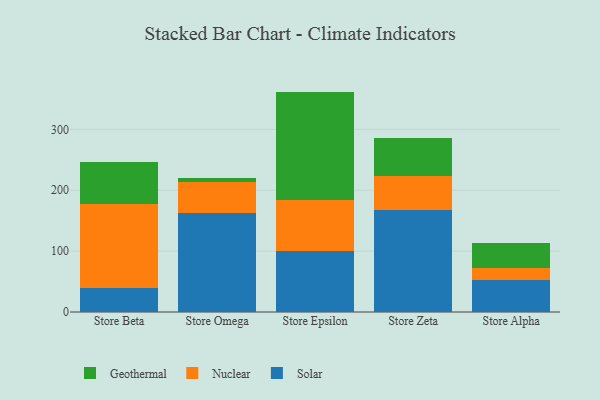
{"axis": {"x": "Store", "y": "Population (Million)"}, "legend": ["Geothermal", "Nuclear", "Solar"], "data": [{"x": "Store Beta", "y": 39.1, "type": "Solar"}, {"x": "Store Beta", "y": 138.4, "type": "Nuclear"}, {"x": "Store Beta", "y": 68.3, "type": "Geothermal"}, {"x": "Store Omega", "y": 162.4, "type": "Solar"}, {"x": "Store Omega", "y": 51.4, "type": "Nuclear"}, {"x": "Store Omega", "y": 5.6, "type": "Geothermal"}, {"x": "Store Epsilon", "y": 99.7, "type": "Solar"}, {"x": "Store Epsilon", "y": 85.1, "type": "Nuclear"}, {"x": "Store Epsilon", "y": 177.3, "type": "Geothermal"}, {"x": "Store Zeta", "y": 167.7, "type": "Solar"}, {"x": "Store Zeta", "y": 56.4, "type": "Nuclear"}, {"x": "Store Zeta", "y": 61.5, "type": "Geothermal"}, {"x": "Store Alpha", "y": 51.8, "type": "Solar"}, {"x": "Store Alpha", "y": 20.4, "type": "Nuclear"}, {"x": "Store Alpha", "y": 41.2, "type": "Geothermal"}]}